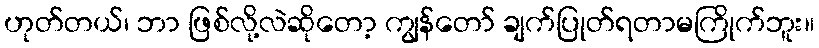
ဟုတ်တယ်၊ ဘာ ဖြစ်လို့လဲဆိုတော့ ကျွန်တော် ချက်ပြုတ်ရတာမကြိုက်ဘူး။